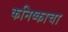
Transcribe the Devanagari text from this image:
कनिष्काचा